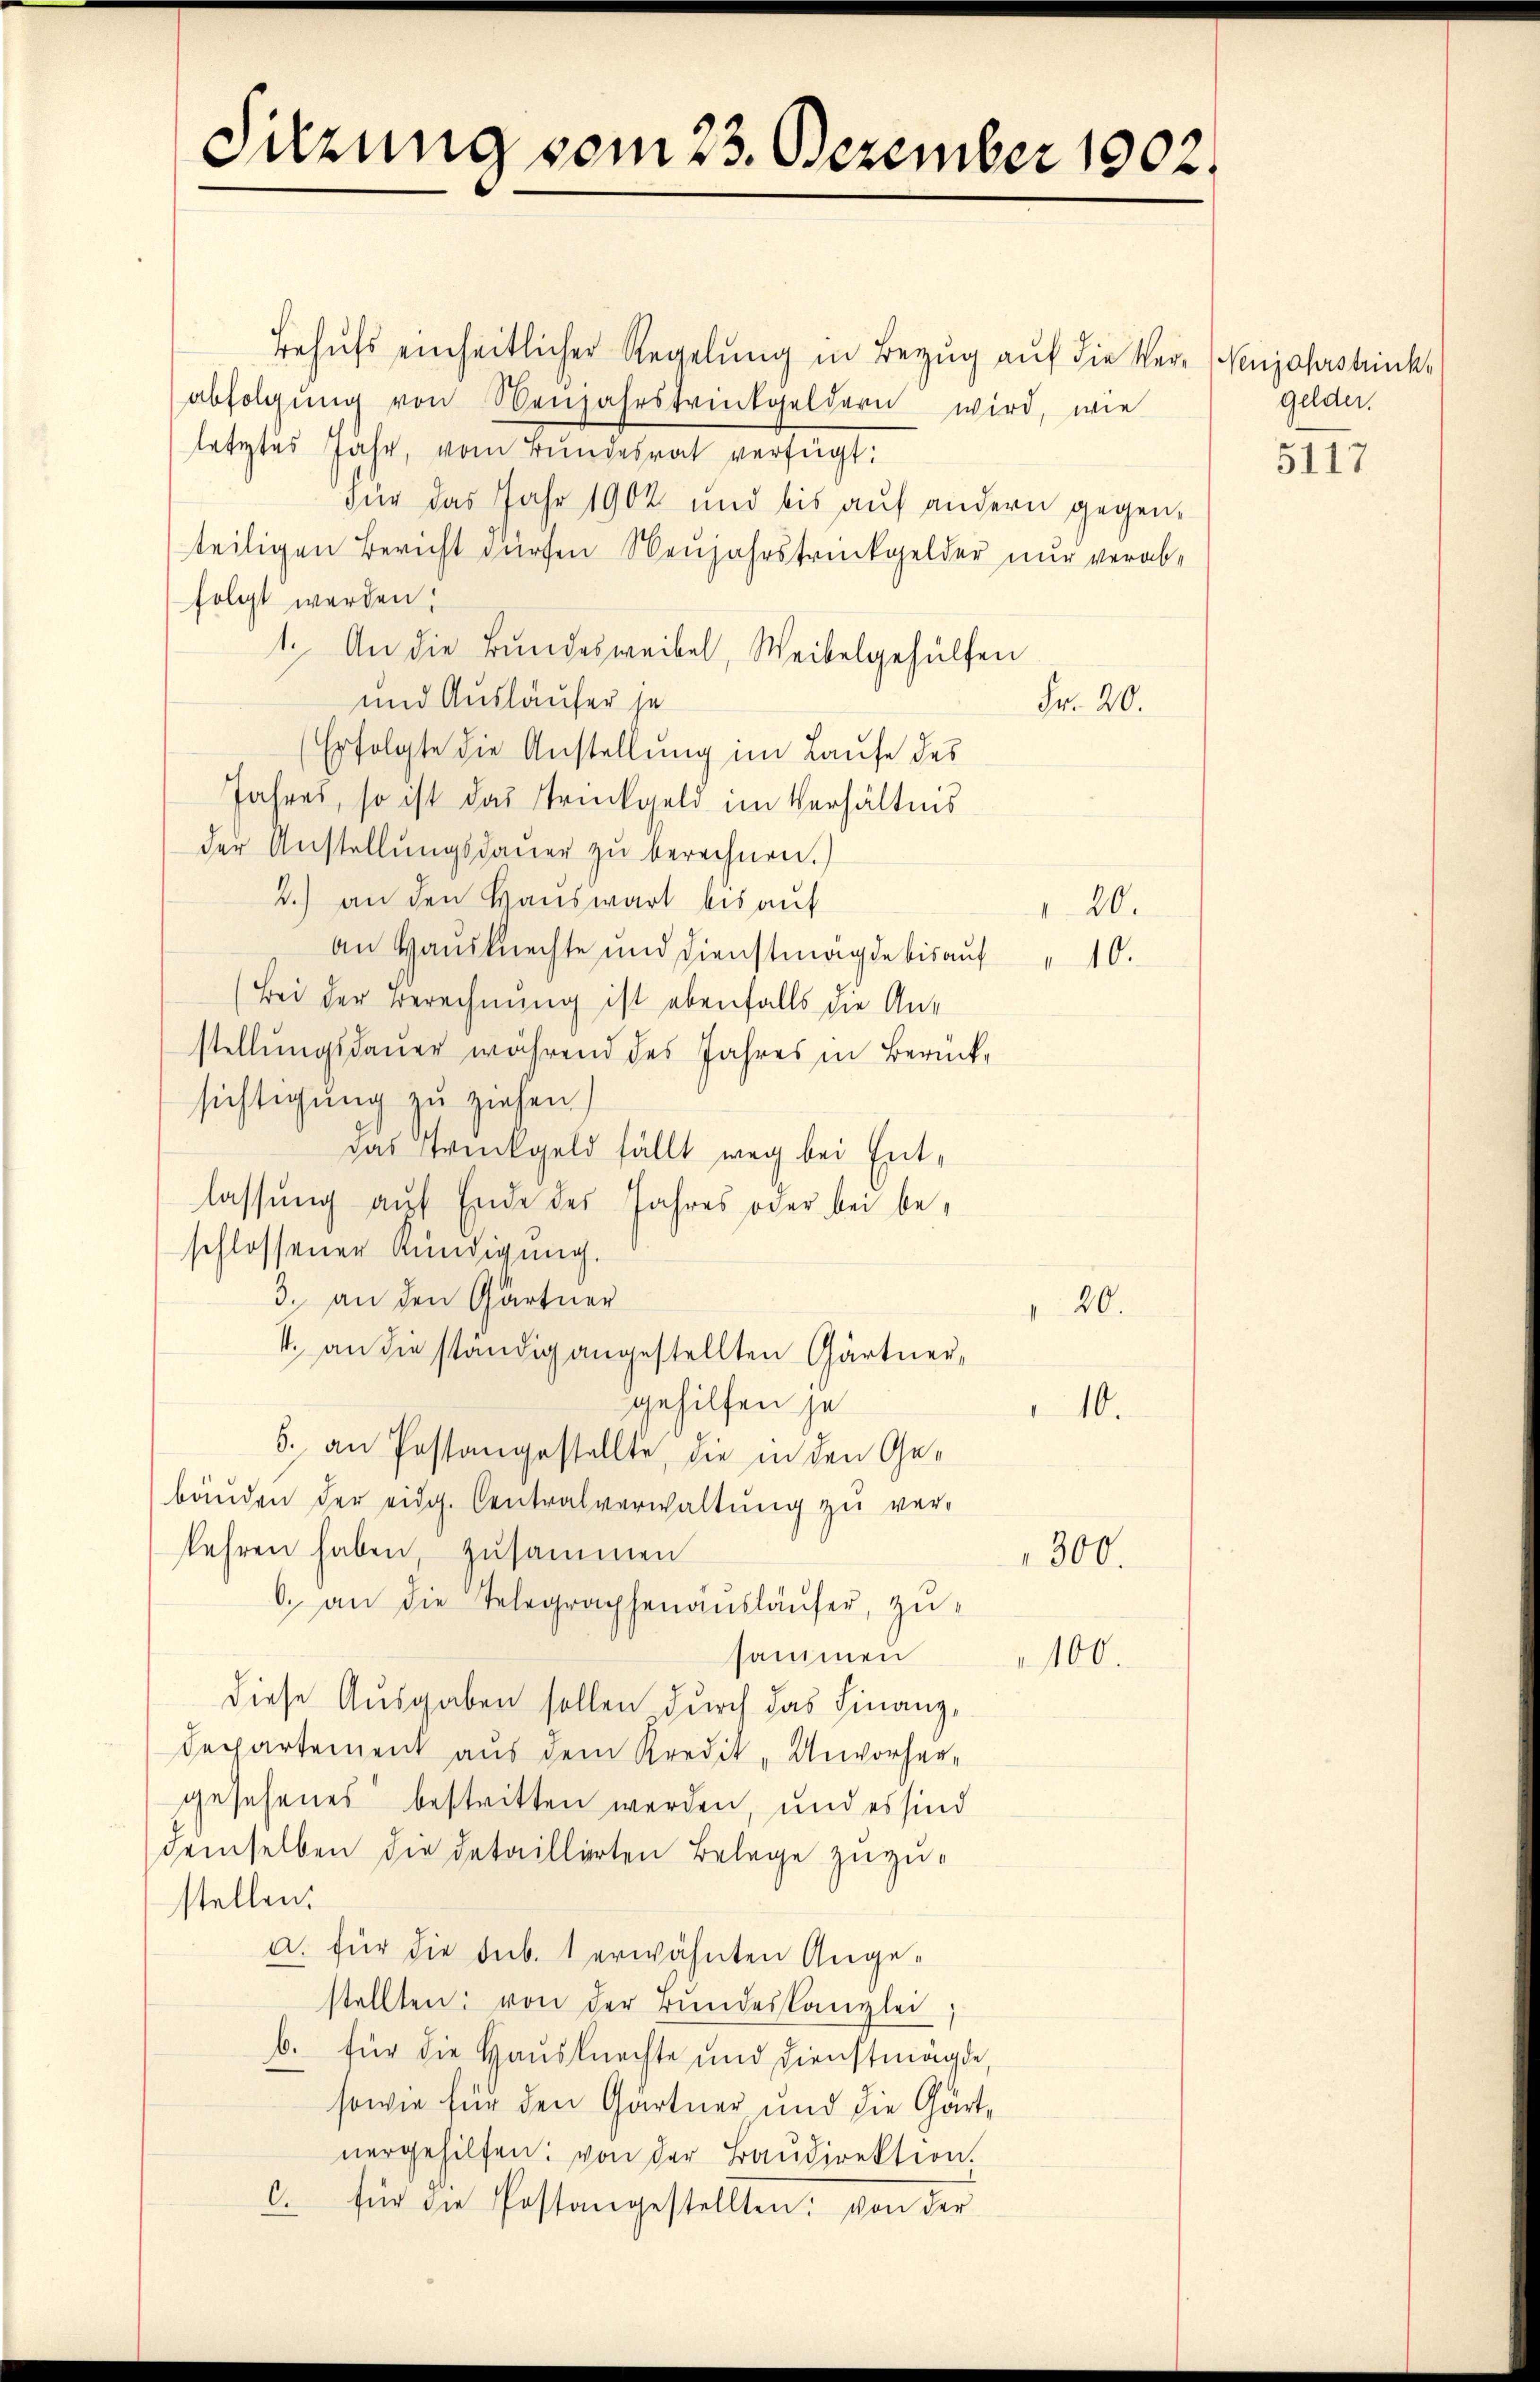
Sitzung vom 23. Dezember 1902.

Behufs einheitlicher Regelung in Bezug auf die Verabfolgŭng von Neujahrsprückgeldern wird, wie
letztes Jahr, vom Bundesrat verfügt:
Für das Jahr 1902 und bis auf andern gegenteiligen Bericht dürfen Neujahrstrückgelder nur verabfolgt werden,
1. An die Bundesweibel, Weibelgehülfen
und Ausläufer je
Fr. 20.
Erfolgte die Anstellung im Laufe des
Jahres, so ist das Trückgeld im Verhältnis
der Anstellungsdauer zu berechnen.)
2.) an den Hauswart bis auf
an Hausknechte und Dienstmägde bis aŭf " 10.
(Bei der Berechnung ist ebenfalls die Anstellungsdauer während des Jahres in Berücksichtigung zu ziehen.)
das Trinkgeld fällt weg bei Entlassung auf Ende des Jahres oder bei beschlossener Kündigung.
3. an den Gärtner
20.
4. an die ständig angestellten Gärtner,
gehilfen je
10.
b. an Postangestellte, die in den Gebäŭden der eidg. Centralverwaltung zu ver-
kehren haben, zusammen
300.
6. an die Telegraphenausläufer, zusammen
100.
diese Ausgaben sollen durch das Finanz-
Departement aus dem Kredit „Unvorhergesehenes bestritten werden, und es sind
demselben die detaillirten Belege zuzustellen.
a. für die sub. 1 erwähnten Angestellten: von der Bŭndeskanzlei,
b. für die Hausknechte und Dienstmägde,
sowie für den Gärtner und die Gärtnergehilfen: von der Baŭdirektion.
C. für die Postangestellten: von der

120.

Neujahrstrink
Gelder.

5117